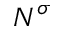
N ^ { \sigma }